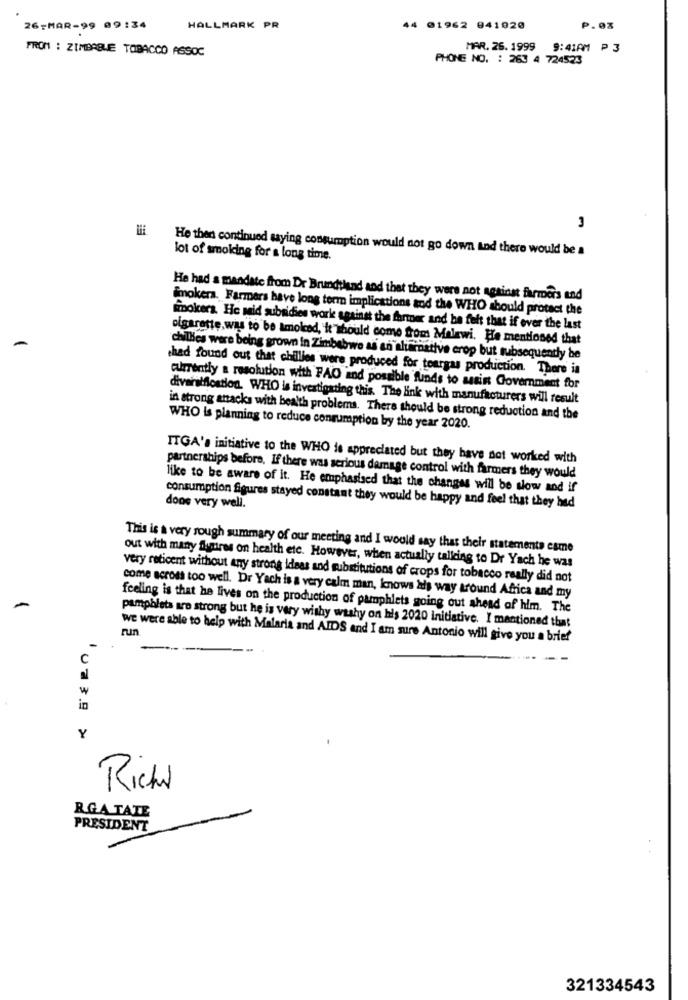
26-MAR-99 09:34
HALLMARK PR
44 01962 041020
P.03
FROM : ZIMBABLE TOBACCO ASSOC
MAR. 26.1999 9:41AM ₱ 3
PHONE NO. : 263 4 724523
He then continued saying consumption would not go down and there would be a
lot of smoking for a long time.
He had a mandate from Dr Brundtland and that they were not against farmers and
Smokers. Farmers have long term implications sod the WHO should protect the
Fiolcera. He said subsidies work against the former and he felt that if over the last
olgarette,was to be smoked, it should come from Malawi. He mentioned that
chillies were being grown in Zimbabwe as an alumnative crop but subsequently be
.had found out that chillies were produced for teargas production. There is
currently a resolution with PAO and possible funds to masin Government for
diversification. WHO is investigating this. The link with manufacturers will result
in strong anacks with health problems. There should be strong reduction and the
WHO is planning to reduce consumption by the year 2020.
ITGA's initiative to the WHO is appreciated but they have not worked with
partnerships before, If there was serious damage control with farmers they would
like to be aware of it. He emphasised that the changes will be slow and if
consumption figures stayed constant they would be happy and feel that they had
done very well.
This is a very rough summary of our meeting and I would say that their statements came
out with many figures on health etc. However, when actually talking to Dr Yach he was
very reticent without any strong Ideas and substitutions of crops for tobacco really did not
come across too well. Dr Yach is a very calm man, knows his way around Africa and my
feeling is that he lives on the production of pamphlets going out ahead of him. The
pamphlets are strong but he is very wishy washy on his 2020 initiative. I mentioned that
run
we were able to help with Malaria and AIDS and I am sure Antonio will give you a brief
C
in
Y
va 3.º >
Richi
RGATATE
PRESIDENT
321334543